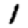
Digit: 1